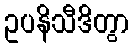
ဥပနိသီဒိတွာ